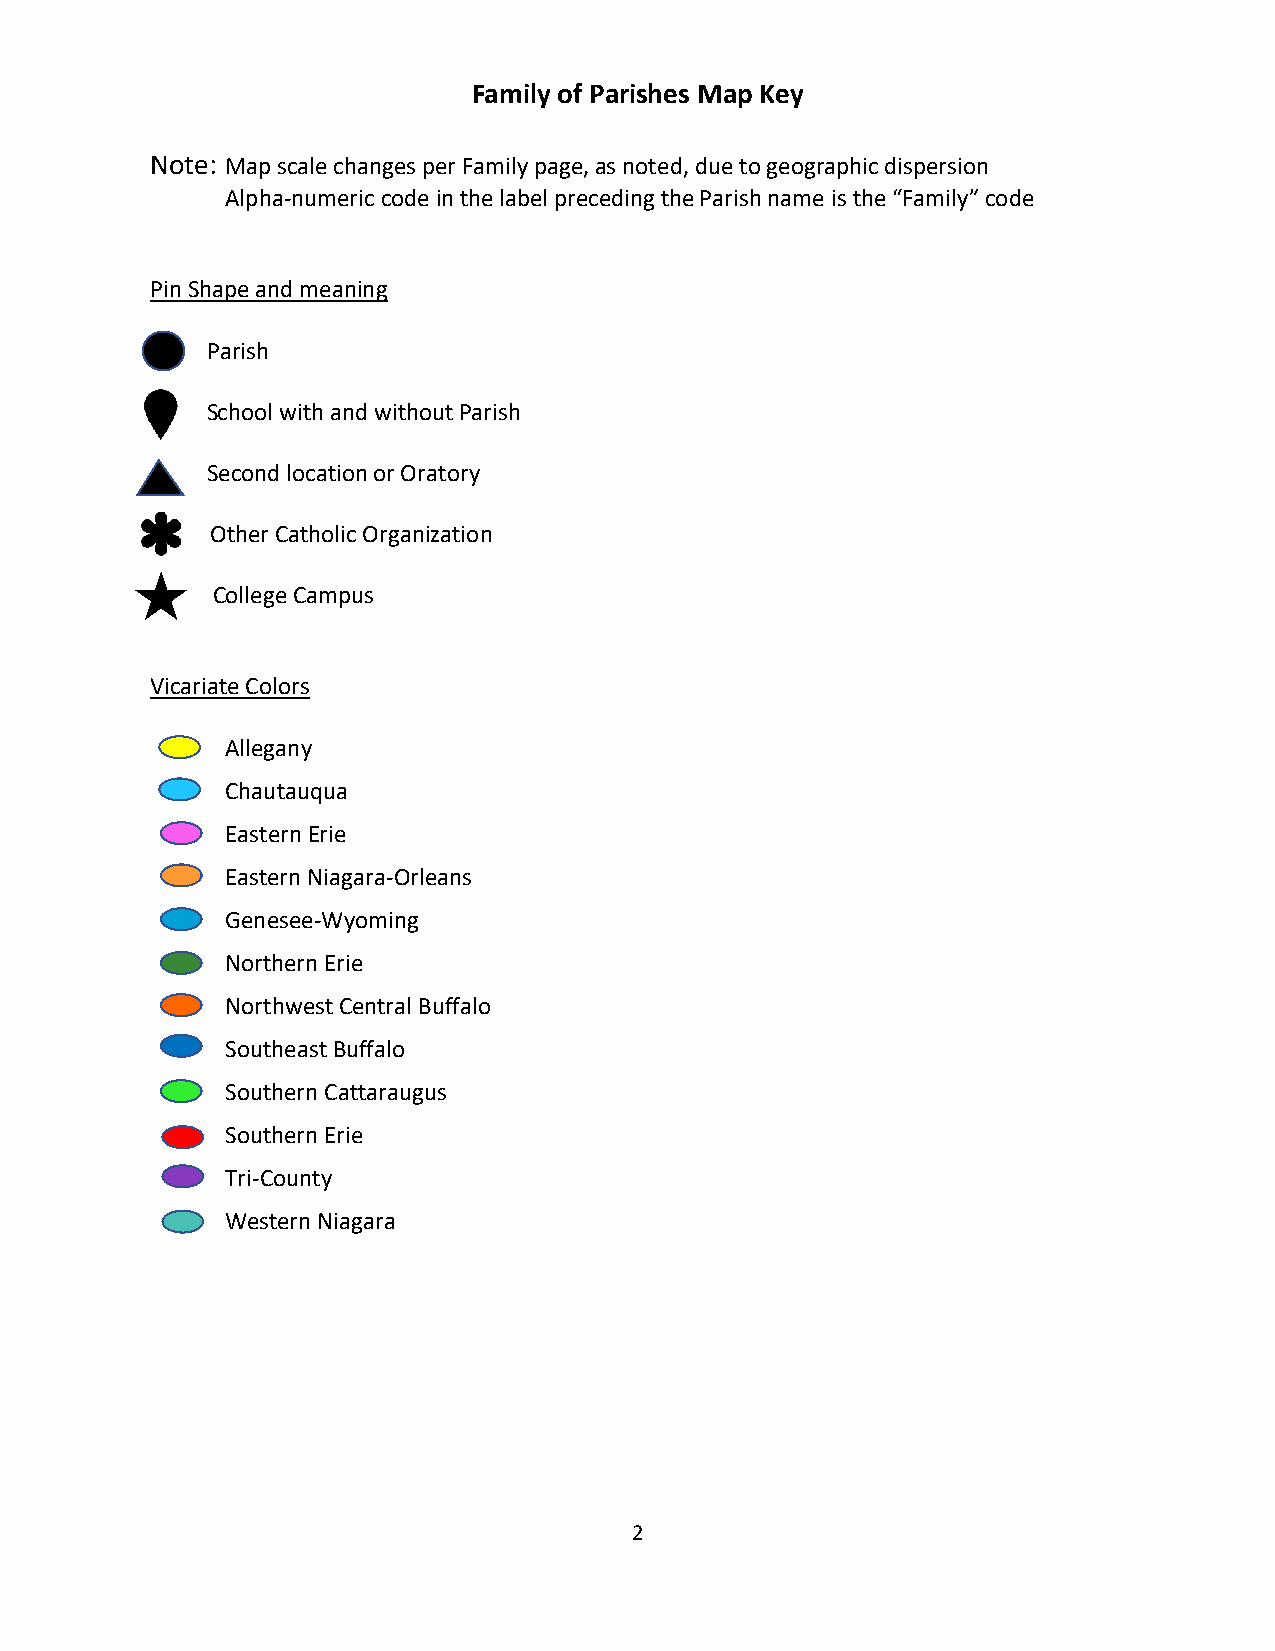
Family of Parishes Map Key
 Note: Map scale changes per Family page, as noted, due to geographic dispersion
 Alpha-numeric code in the label preceding the Parish name is the “Family” code
 Pin Shape and meaning
 Parish
 School with and without Parish
 Second location or Oratory
 Other Catholic Organization
 College Campus
 Vicariate Colors
 Allegany
 Chautauqua
 Eastern Erie
 Eastern Niagara-Orleans
 Genesee-Wyoming
 Northern Erie
 Northwest Central Buffalo
 Southeast Buffalo
 Southern Cattaraugus
 Southern Erie
 Tri-County
 Western Niagara
 2